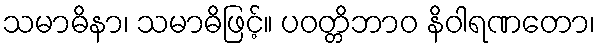
သမာဓိနာ၊ သမာဓိဖြင့်။ ပဝတ္တိဘာဝ နိဝါရဏတော၊